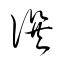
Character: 譔